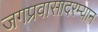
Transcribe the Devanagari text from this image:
जगप्रवासादरम्यान